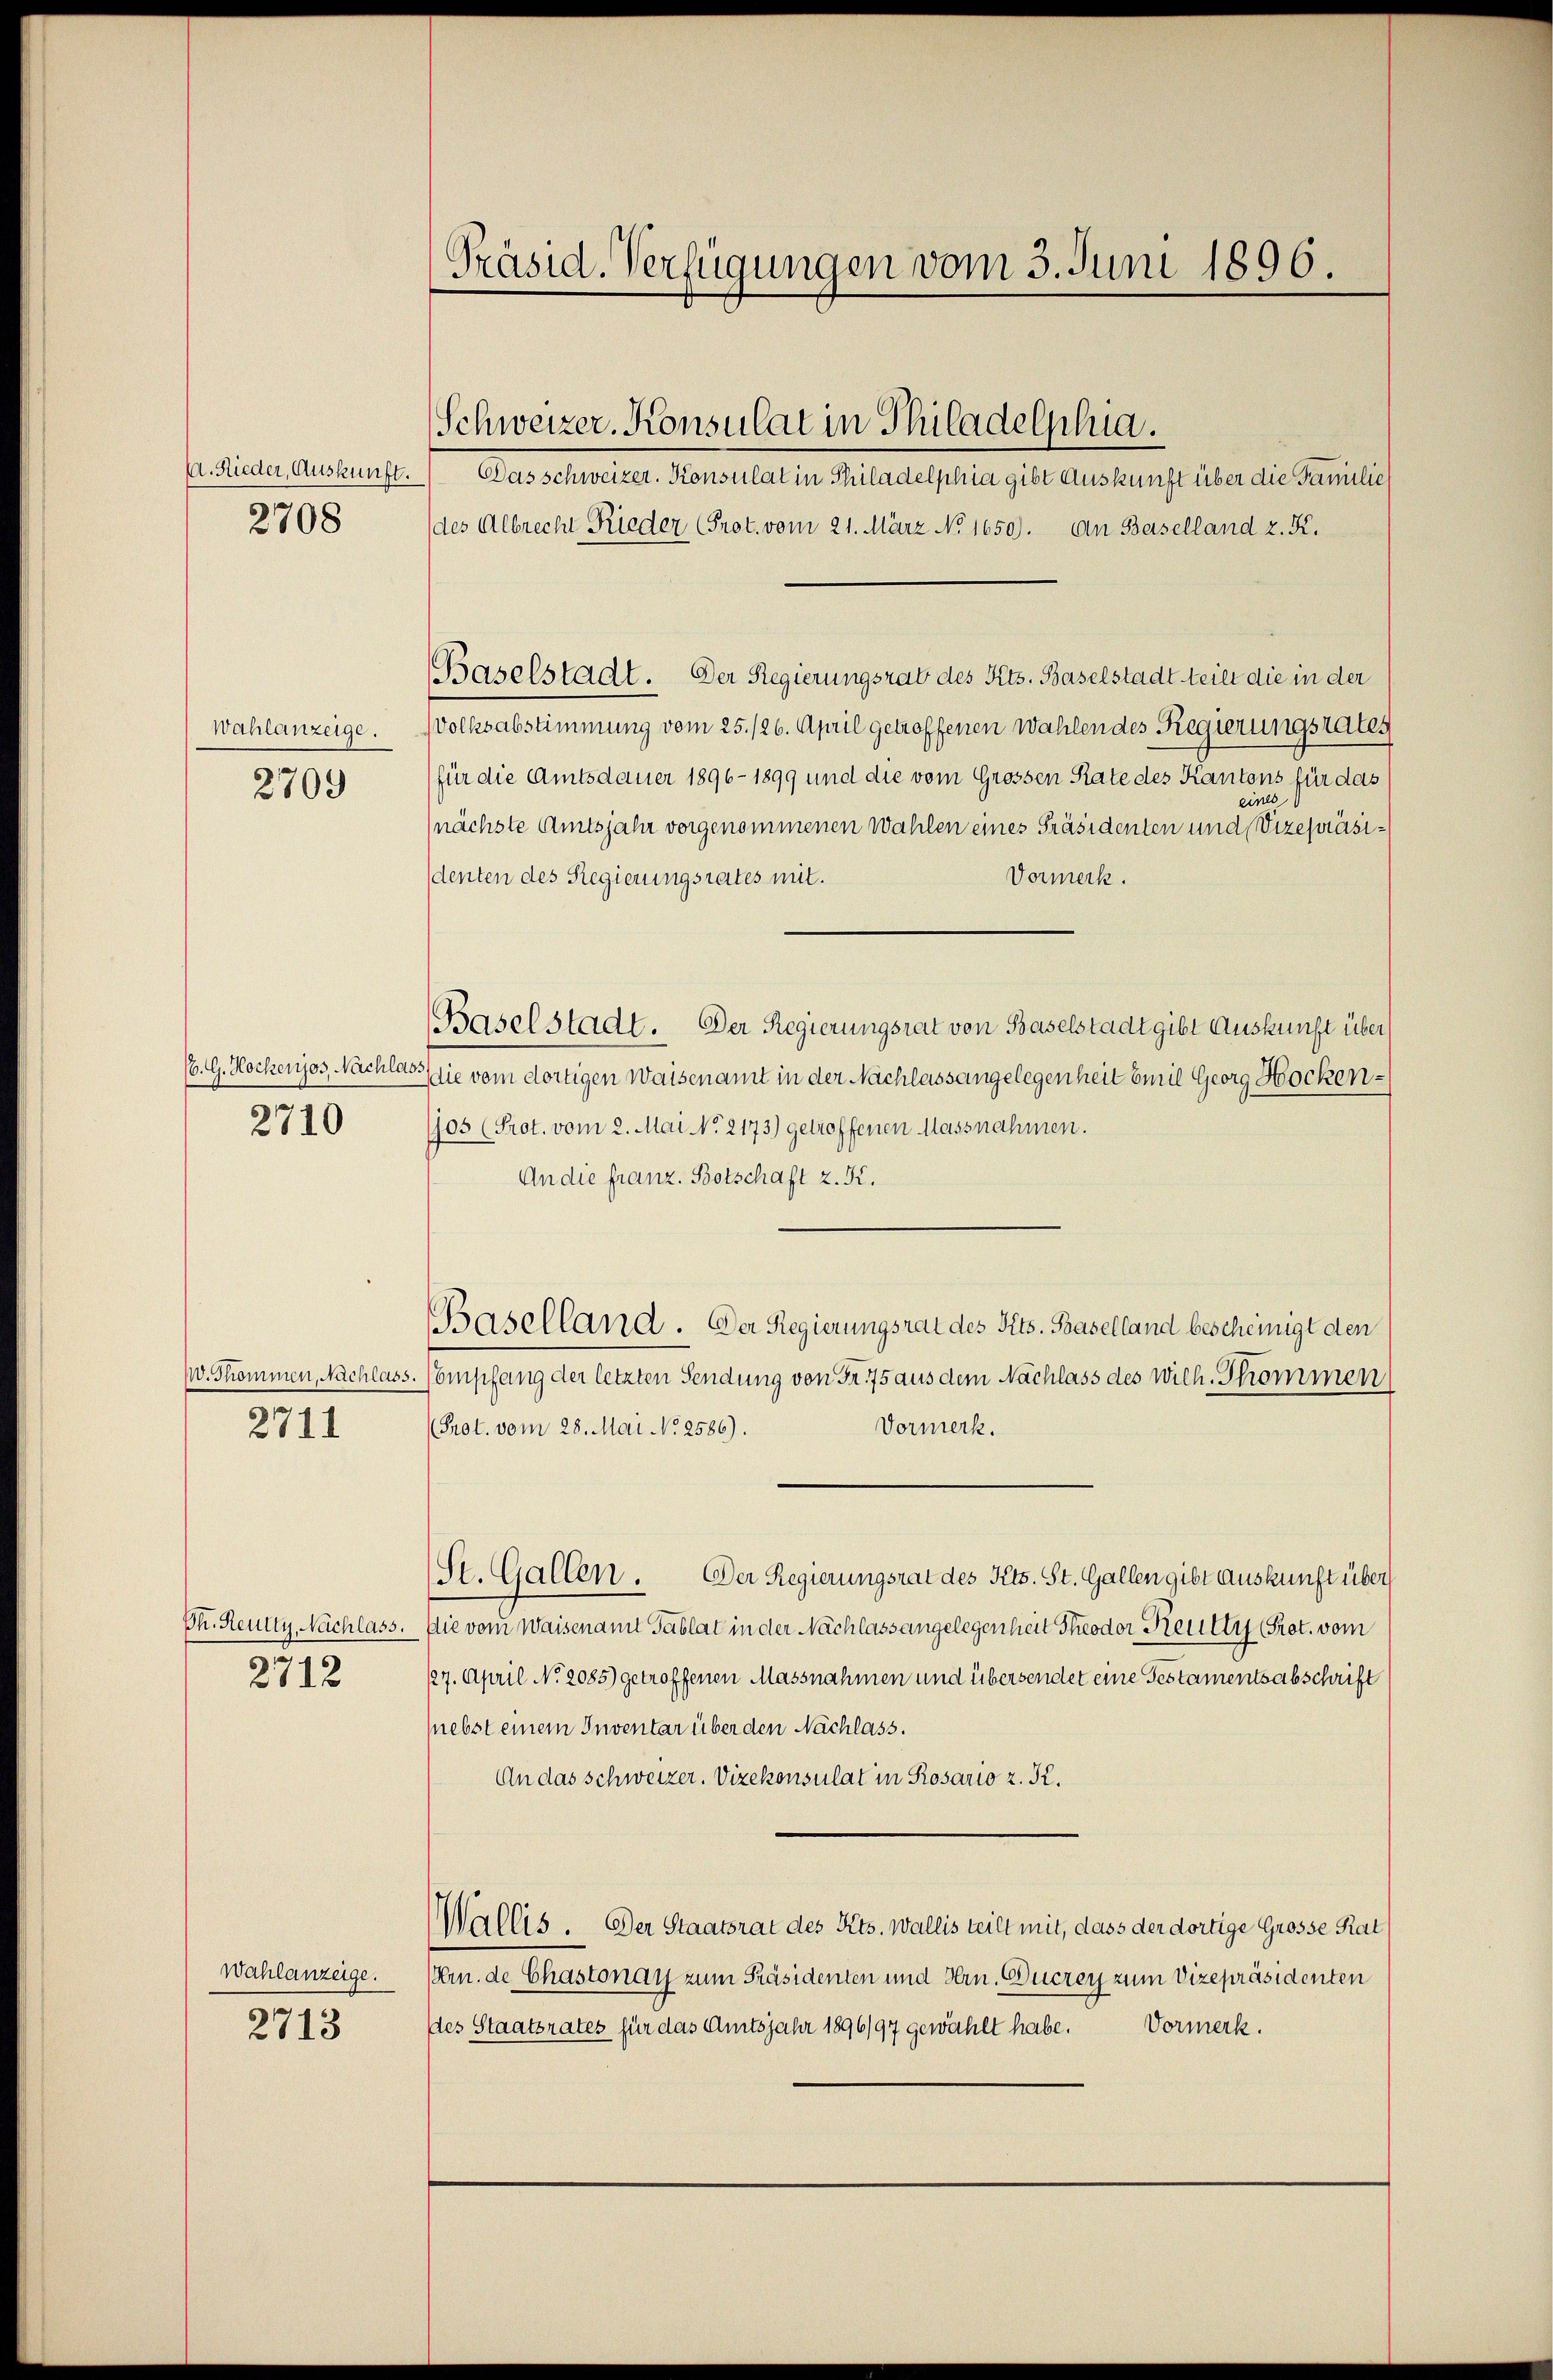
Wahlanzeige.
2709

A. Nieder, Auskunft.
2708

2710

2711

2712

Wahlanzeige.
2713

Das schweizer. Konsulat in Philadelphia gibt Auskunft über die Familie
des Albrecht Rieder Prot. vom 21. März No. 1650). An Baselland z. K.
Baselstadt. Der Regierungsrat des Kts. Baselstadt teilt die in der
Volksabstimmung vom 25. 126. April getroffenen Wahlen des Regierungsrates
für die Amtsdauer 1896-1899 und die vom Grossen Rate des Kantons für das
eines
nächste Amtsjahr vorgenommenen Wahlen eines Präsidenten und Vizepräsi¬
Vormerk.
denten des Regierungsrates mit.
Baselstadt. Der Regierungsrat von Baselstadt gibt Auskunft über
(. G. Nockenjos, Nachlass sie vom dortigen Waisenamt in der Nachlass angelegenheit Emil Georg Hocken¬
105 (Prot. vom 2. Mai No 2173) getroffenen Massnahmen.
An die franz. Botschaft z. K.
Baselland. Der Regierungsrat des Pits. Baselland bescheinigt den
v. Skommen, Nachlass. (Empfang der letzten Sendung von Fr. 75 aus dem Nachlass des wich. Thommen
Vormerk.
Prot. vom 28. Mai No 2586).
St. Gallen. Der Regierungsrat des Kts. St. Gallen gibt Auskunft über
Ch. Reutty, Nachlass. Die vom Waisenamt Tablat in der Nachlass angelegenheit Theodor Reutty (Prot. vom
127. April No 2085) getroffenen Massnahmen und übersendet eine Gestamentsabschrift
(nebst einem Inventar über den Nachlass.
An das Schweizer. Vizekonsulat in Rosario z. K.
Wallis. Der Staatsrat des Kts. Wallis teilt mit, dass der dortige Grosse Rat
(Krn. de Chastonay zum Präsidenten und Hrn. Gucrey zum Vizepräsidenten
ddes Staatsrates für das Amtsjahr 1896/97 gewählt habe. Vormerk.

Präsid. Verfügungen vom 3. Juni 1896.

Schweizer. Konsulat in Philadelphia.